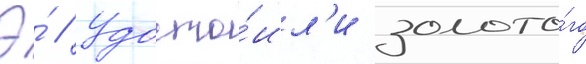
Э́ // Удосто́ил'и золото́го